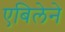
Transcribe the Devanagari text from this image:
एबिलेने